Indian journal of veterinary science and animal husbandry - Volumes 28-29, 1958-1959
Year: 1958
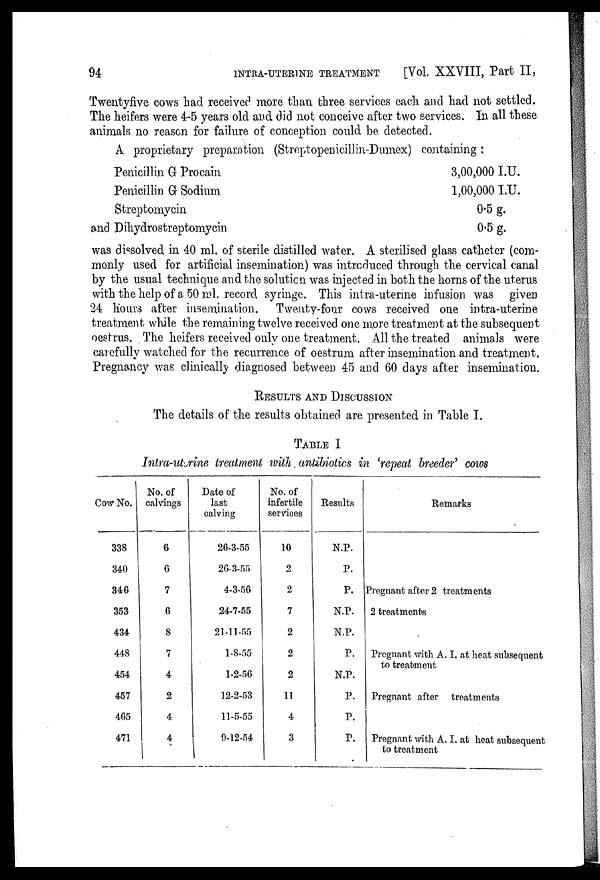
94
INTRA-UTERINE TREATMENT
[Vol. XXVIII, Part II,
Twentyfive cows had received more than three services each and had not settled.
The heifers were 4-5 years old and did not conceive after two services. In all these
animals no reason for failure of conception could be detected.
A proprietary preparation (Streptopenicillin-Dumex) containing :
Penicillin G Procain
Penicillin G Sodium
Streptomycin
and Dihydrostreptomycin
3,00,000 I.U.
1,00,000 I.U.
0.5 g.
0.5 g.
was dissolved in 40 ml. of sterile distilled water. A sterilised glass catheter (com-
monly used for artificial insemination) was introduced through the cervical canal
by the usual technique and the solution was injected in both the horns of the uterus
with the help of a 50 ml. record syringe. This intra-uterine infusion was given
24 hours after insemination. Twenty-four cows received one intra-uterine
treatment while the remaining twelve received one more treatment at the subsequent
oestrus. The heifers received only one treatment. All the treated animals were
carefully watched for the recurrence of oestrum after insemination and treatment.
Pregnancy was clinically diagnosed between 45 and 60 days after insemination.
RESULTS AND DISCUSSION
The details of the results obtained are presented in Table I.
TABLE I
Intra-uterine treatment with antibiotics in 'repeat breeder' cows
Cow No.
338
340
346
353
434
448
454
457
465
471
No. of
calvings
6
6
7
6
8
7
4
2
4
4
Date of
last
calving
26-3-55
26-3-55
4-3-56
24-7-55
21-11-55
1-8-55
1-2-56
12-2-53
11-5-55
9-12-54
No. of
infertile
services
10
2
2
7
2
2
2
11
4
3
Results
N.P.
P.
P.
N.P.
N.P.
P.
N.P.
P.
P.
P.
Remarks
Pregnant after 2 treatments
2 treatments
Pregnant with A. I. at heat subsequent
to treatment
Pregnant after treatments
Pregnant with A. I. at heat subsequent
to treatment